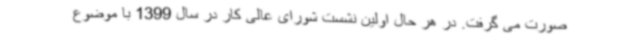
صورت می گرفت. در هر حال اولین نشست شورای عالی کار در سال 1399 با موضوع